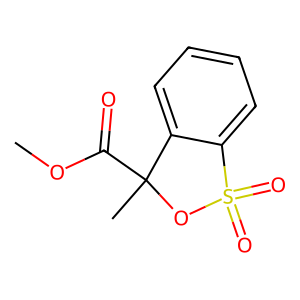
SMILES: COC(=O)C1(C)OS(=O)(=O)c2ccccc21
Inhibits HIV replication: No